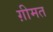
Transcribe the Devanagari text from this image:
ग़ीमत